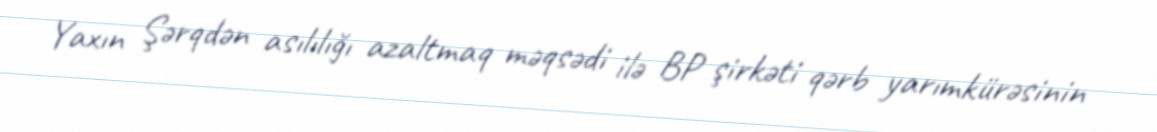
Yaxın Şərqdən asılılığı azaltmaq məqsədi ilə BP şirkəti qərb yarımkürəsinin